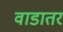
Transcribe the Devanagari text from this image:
वाडातर